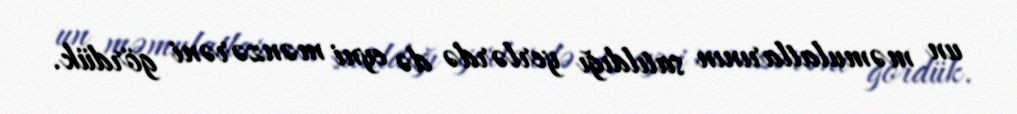
un məmulatlarının satıldığı yerlərdə də eyni mənzərəni gördük.